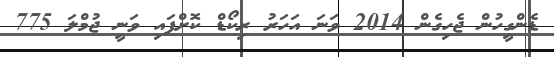
ޑެންގީހުން ޖެހިގެން 2014 ވަނަ އަހަރު ރިކޯޑް ކޮށްފައި ވަނީ ޖުމްލަ 775